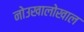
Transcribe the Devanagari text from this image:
नोउखालोखाल